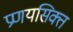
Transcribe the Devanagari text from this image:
प्रणयसिक्त